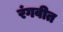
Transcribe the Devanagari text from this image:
रंगवीत